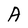
Character: A